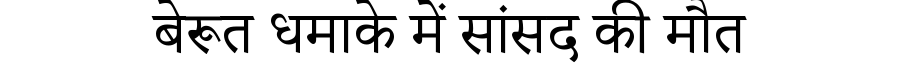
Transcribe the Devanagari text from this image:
बेरूत धमाके में सांसद की मौत